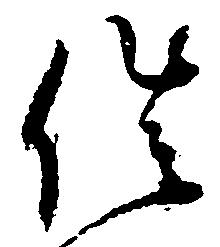
催